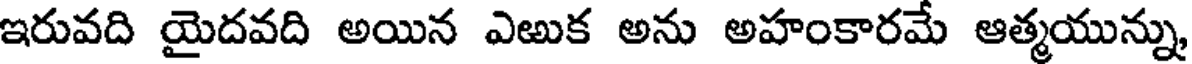
ఇరువది యైదవది అయిన ఎఱుక అను అహంకారమే ఆత్మయున్ను